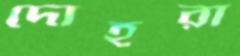
দোহরা